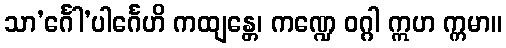
သာ’င်္ဂေါ’ပါင်္ဂေဟိ ကထျန္တေ၊ ကဏ္ဍေ ဝဂ္ဂါ ဣဟ က္ကမာ။